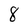
Character: 8